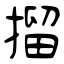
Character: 㨨